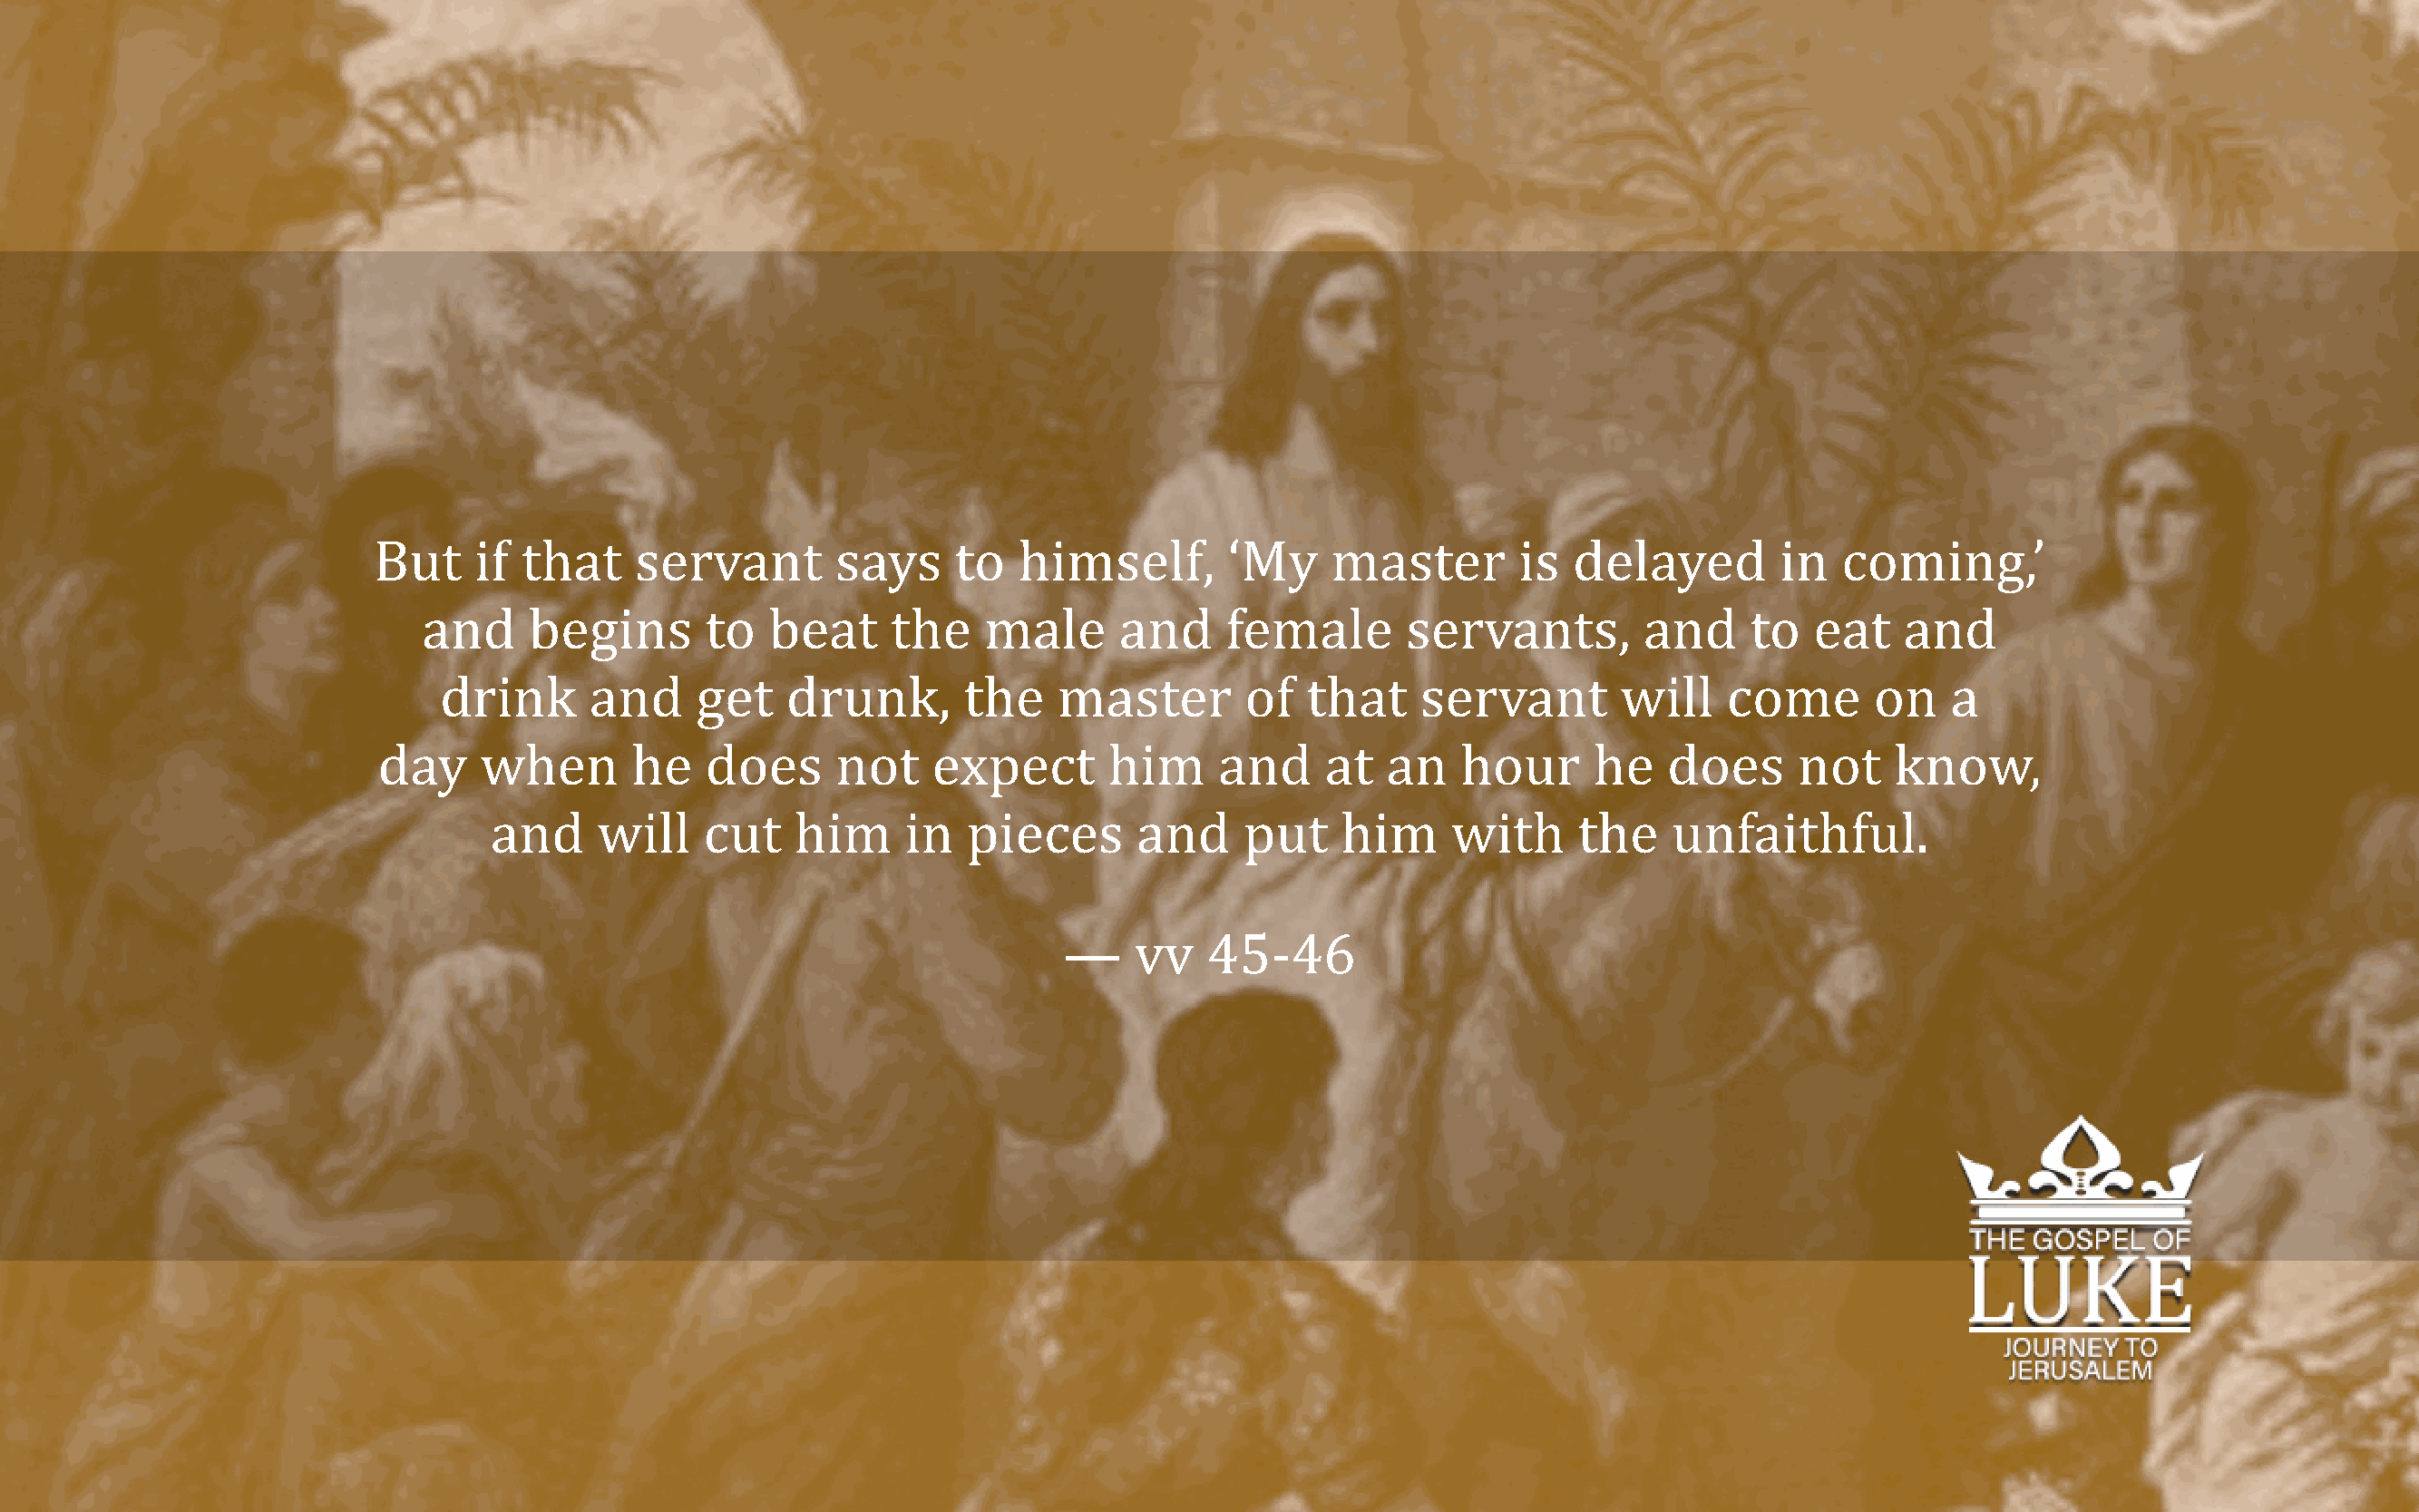
But     if that    servant        says     to  himself,        ‘My    master        is  delayed        in  coming,’
 and     begins      to   beat     the    male      and    female        servants,        and     to  eat    and
 drink      and     get   drunk,       the    master        of  that     servant       will    come       on   a
 day    when       he   does      not    expect       him     and     at  an    hour     he    does     not    know,
 and     will   cut    him     in   pieces      and     put    him     with     the    unfaithful.
 —    vv   45-46